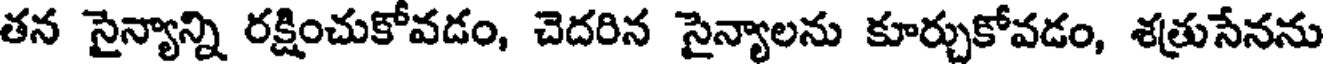
తన సైన్యాన్ని రక్షించుకోవడం, చెదరిన సైన్యాలను కూర్చుకోవడం, శత్రుసేనను